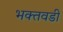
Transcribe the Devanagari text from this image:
भक्तवडी